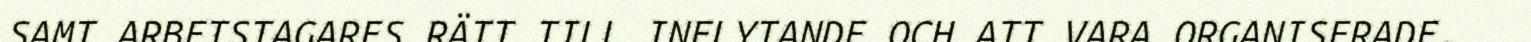
SAMT ARBETSTAGARES RÄTT TILL INFLYTANDE OCH ATT VARA ORGANISERADE.